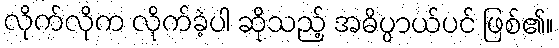
လိုက်လိုက လိုက်ခဲ့ပါ ဆိုသည့် အဓိပ္ပာယ်ပင် ဖြစ်၏။